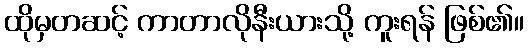
ထိုမှတဆင့် ကာတာလိုနီးယားသို့ ကူးရန် ဖြစ်၏။